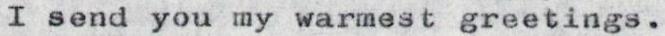
I send you my warmest greetings.